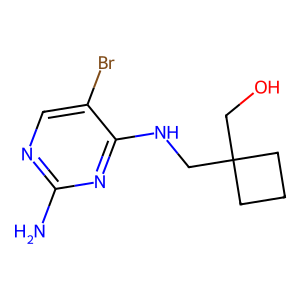
SMILES: Nc1ncc(Br)c(NCC2(CO)CCC2)n1
Inhibits HIV replication: No